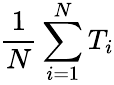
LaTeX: \frac{1}{N}\sum_{i=1}^{N}T_{i}